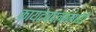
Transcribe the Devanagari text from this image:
कायदेबदलांमध्ये